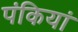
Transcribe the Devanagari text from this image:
पंकियां